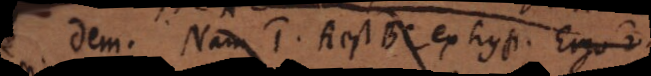
B Nam 1) A est BC ex hyp. Ergo 2)